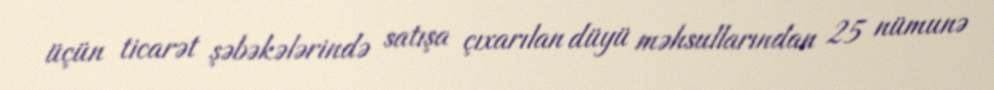
üçün ticarət şəbəkələrində satışa çıxarılan düyü məhsullarından 25 nümunə